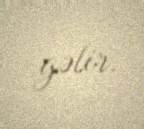
gəlir.